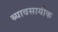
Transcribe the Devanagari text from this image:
ब्यावसायीक